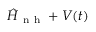
\hat { H } _ { \mathrm { ~ n ~ h ~ } } + V ( t )